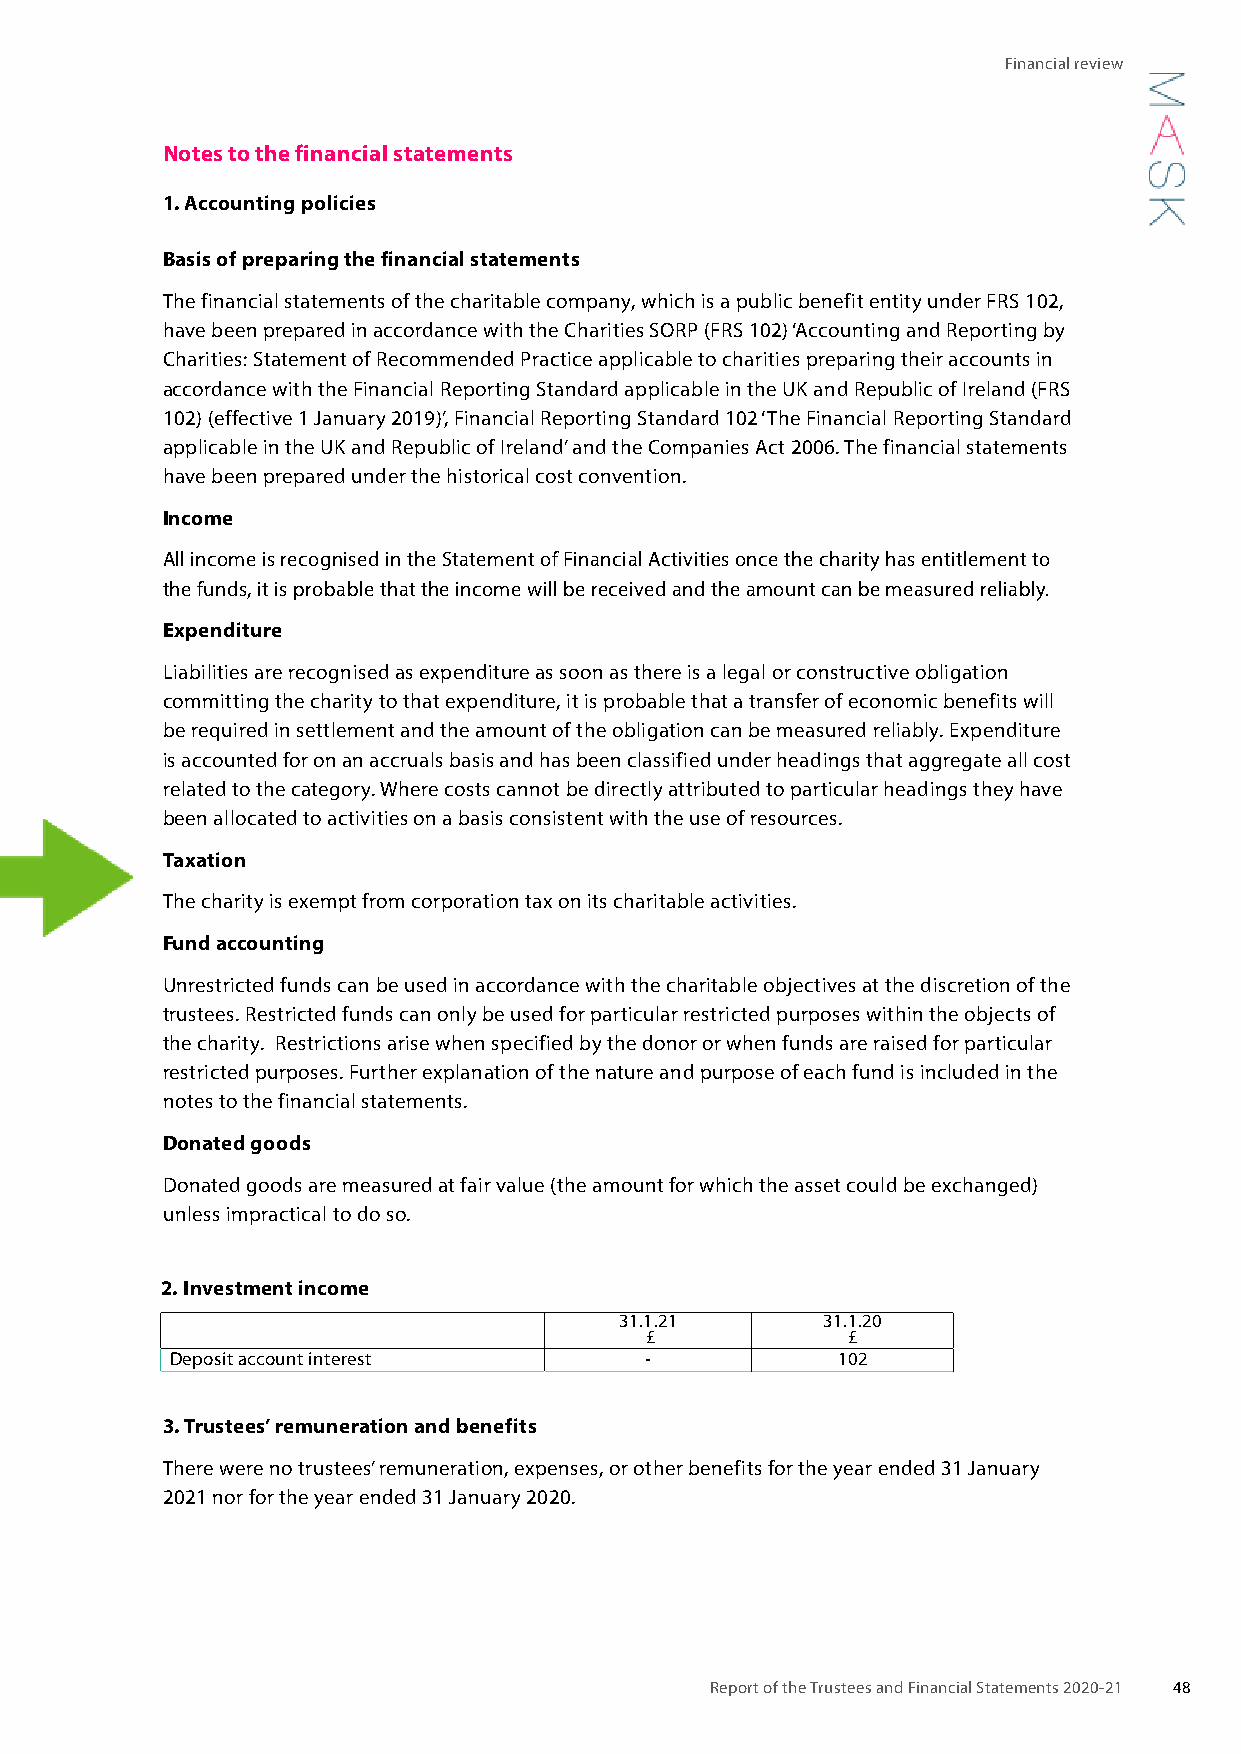
Financial review
 Notes to the financial statements
 1. Accounting policies
 Basis of preparing the financial statements
 The financial statements of the charitable company, which is a public benefit entity under FRS 102,
 have been prepared in accordance with the Charities SORP (FRS 102) ‘Accounting and Reporting by
 Charities: Statement of Recommended Practice applicable to charities preparing their accounts in
 accordance with the Financial Reporting Standard applicable in the UK and Republic of Ireland (FRS
 102) (effective 1 January 2019)’, Financial Reporting Standard 102 ‘The Financial Reporting Standard
 applicable in the UK and Republic of Ireland’ and the Companies Act 2006. The financial statements
 have been prepared under the historical cost convention.
 Income
 All income is recognised in the Statement of Financial Activities once the charity has entitlement to
 the funds, it is probable that the income will be received and the amount can be measured reliably.
 Expenditure
 Liabilities are recognised as expenditure as soon as there is a legal or constructive obligation
 committing the charity to that expenditure, it is probable that a transfer of economic benefits will
 be required in settlement and the amount of the obligation can be measured reliably. Expenditure
 is accounted for on an accruals basis and has been classified under headings that aggregate all cost
 related to the category. Where costs cannot be directly attributed to particular headings they have
 been allocated to activities on a basis consistent with the use of resources.
 Taxation
 The charity is exempt from corporation tax on its charitable activities.
 Fund accounting
 Unrestricted funds can be used in accordance with the charitable objectives at the discretion of the
 trustees. Restricted funds can only be used for particular restricted purposes within the objects of
 the charity. Restrictions arise when specified by the donor or when funds are raised for particular
 restricted purposes. Further explanation of the nature and purpose of each fund is included in the
 notes to the financial statements.
 Donated goods
 Donated goods are measured at fair value (the amount for which the asset could be exchanged)
 unless impractical to do so.
 2. Investment income
 31.1.21      31.1.20
 £            £
 Deposit account interest        -           102
 3. Trustees’ remuneration and benefits
 There were no trustees’ remuneration, expenses, or other benefits for the year ended 31 January
 2021 nor for the year ended 31 January 2020.
 Report of the Trustees and Financial Statements 2020-21 48